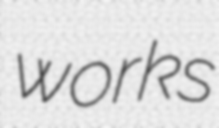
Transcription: works